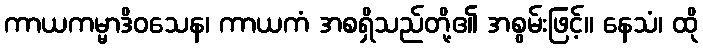
ကာယကမ္မာဒိဝသေန၊ ကာယကံ အစရှိသည်တို့၏ အစွမ်းဖြင့်။ နေသံ၊ ထို